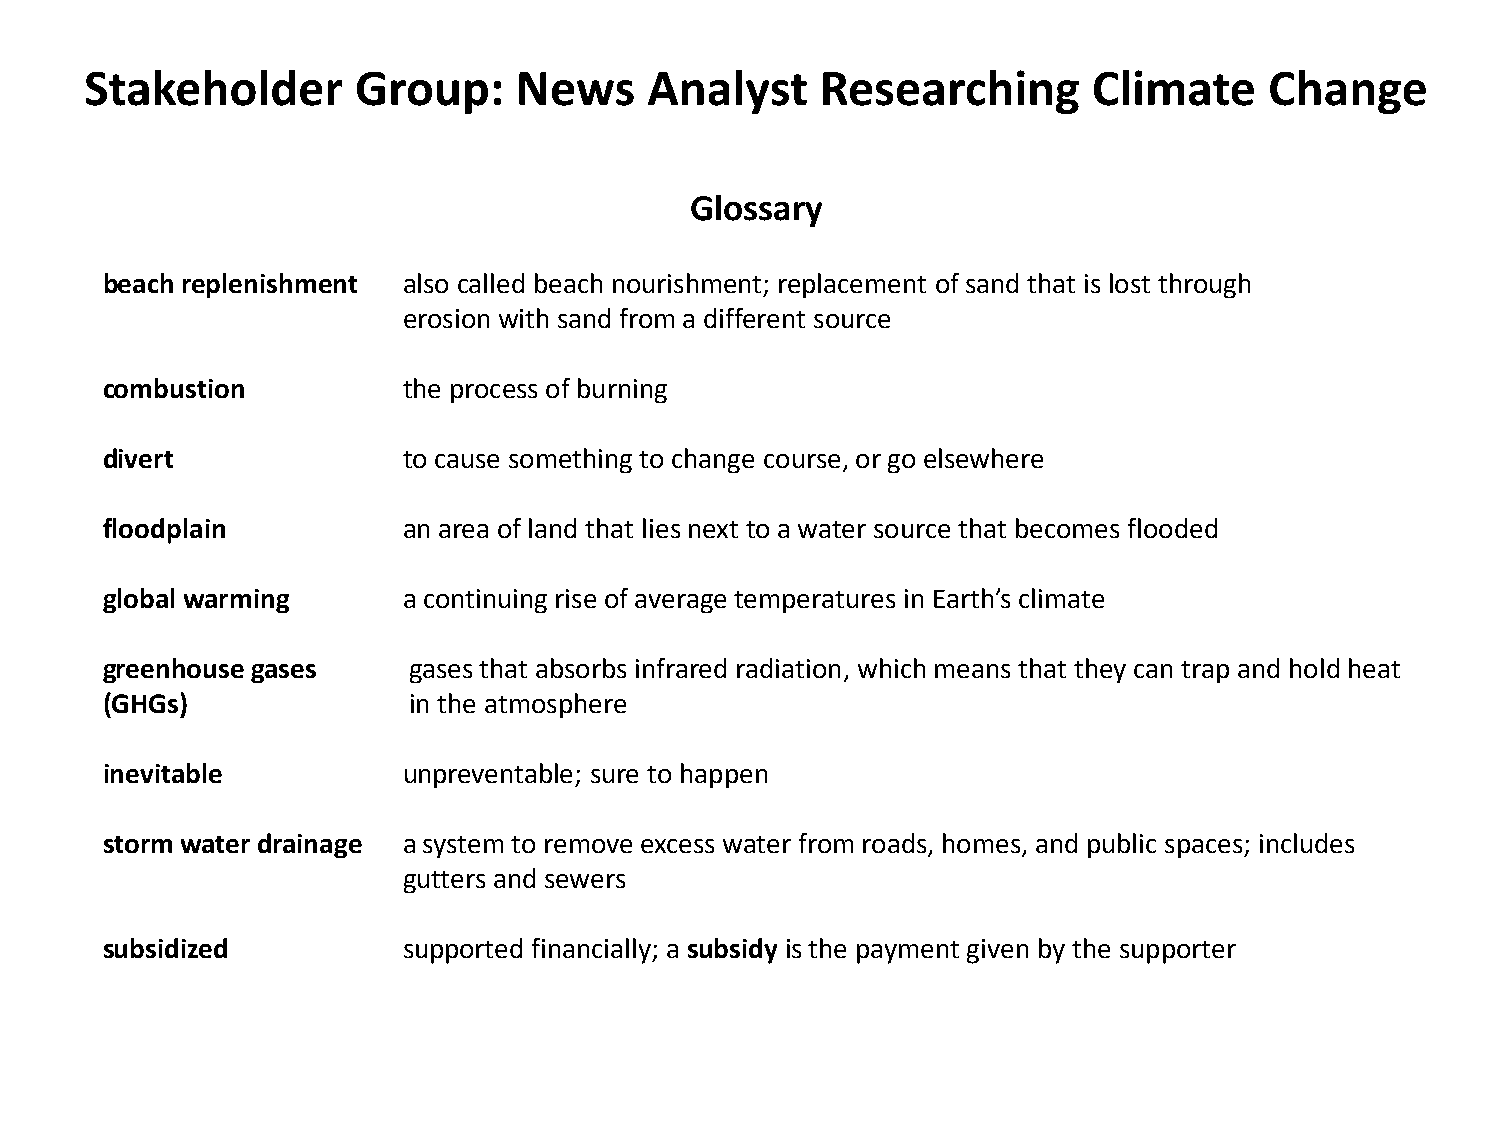
Stakeholder       Group:    News     Analyst    Researching       Climate     Change
 Glossary
 beach replenishment also called beach nourishment; replacement of sand that is lost through
 erosion with sand from a different source
 combustion          the process of burning
 divert              to cause something to change course, or go elsewhere
 floodplain          an area of land that lies next to a water source that becomes flooded
 global warming      a continuing rise of average temperatures in Earth’s climate
 greenhouse gases    gases that absorbs infrared radiation, which means that they can trap and hold heat
 (GHGs)              in the atmosphere
 inevitable          unpreventable; sure to happen
 storm water drainage a system to remove excess water from roads, homes, and public spaces; includes
 gutters and sewers
 subsidized          supported financially; a subsidy is the payment given by the supporter